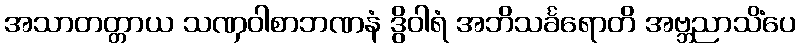
အသာတတ္တာယ သဏှဝါစာဘဏနံ ဒွိဝါရံ အဘိသင်္ခရောတိ အဗ္ဘညာသိံပေ